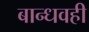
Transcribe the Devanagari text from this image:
बान्धवही